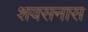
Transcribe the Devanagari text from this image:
शवसनास